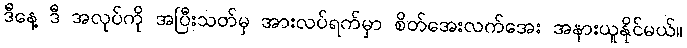
ဒီနေ့ ဒီ အလုပ်ကို အပြီးသတ်မှ အားလပ်ရက်မှာ စိတ်အေးလက်အေး အနားယူနိုင်မယ်။